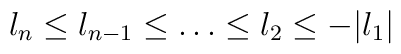
l_n\le l_{n-1}\le \ldots \le l_2\le -|l_1|